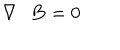
{ \bf \nabla } \cdot { \bf B } = 0